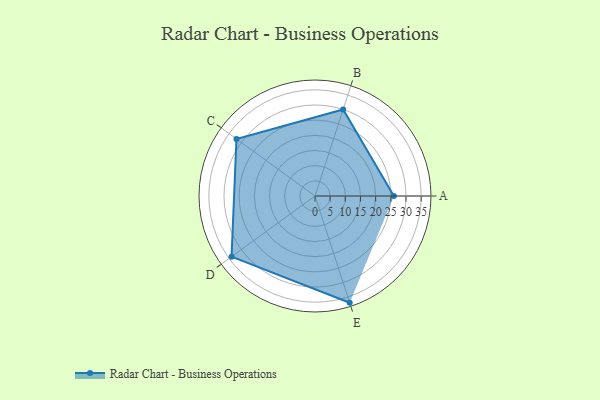
{"axis": {"x": "Skill", "y": "Score"}, "legend": ["Profile"], "data": [{"x": "A", "y": 26.0, "type": "Profile"}, {"x": "B", "y": 30.0, "type": "Profile"}, {"x": "C", "y": 32.0, "type": "Profile"}, {"x": "D", "y": 34.0, "type": "Profile"}, {"x": "E", "y": 37.0, "type": "Profile"}]}